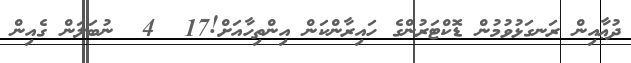
ދުޢާއިން ރަނގަޅުވުމުން ޑޮކްޓަރުންގެ ހައިރާންކަން އިންތިހާއަށް!17  4  ނުބަލަން ގެއިން